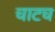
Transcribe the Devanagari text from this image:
चाटच